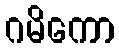
ဂမိကော